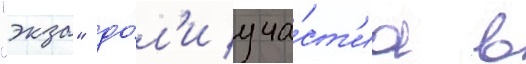
"экза" до́л'и уча́ст'иа в